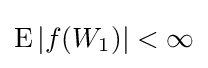
\operatorname {E} |f(W_{1})|<\infty